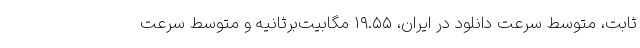
ثابت، متوسط سرعت دانلود در ایران، ۱۹.۵۵ مگابیت‌برثانیه و متوسط سرعت